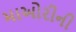
માઓરીની